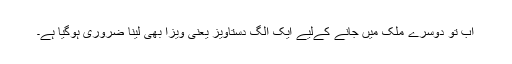
اب تو دوسرے ملک میں جانے کےلیے ایک الگ دستاویز یعنی ویزا بھی لینا ضروری ہوگیا ہے۔